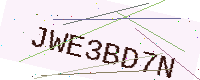
Text: JWE3BD7N